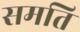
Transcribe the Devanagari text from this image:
समति